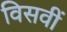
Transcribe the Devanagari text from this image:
विसवीं